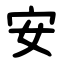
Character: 安